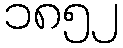
၁၈၅၂